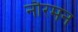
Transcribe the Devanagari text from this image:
नौरमन